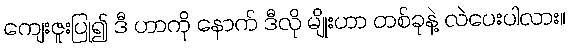
ကျေးဇူးပြု၍ ဒီ ဟာကို နောက် ဒီလို မျိုးဟာ တစ်ခုနဲ့ လဲပေးပါလား။